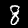
Label: 8